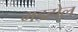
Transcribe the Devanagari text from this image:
मडहोल